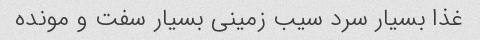
غذا بسیار سرد سیب زمینی بسیار سفت و مونده